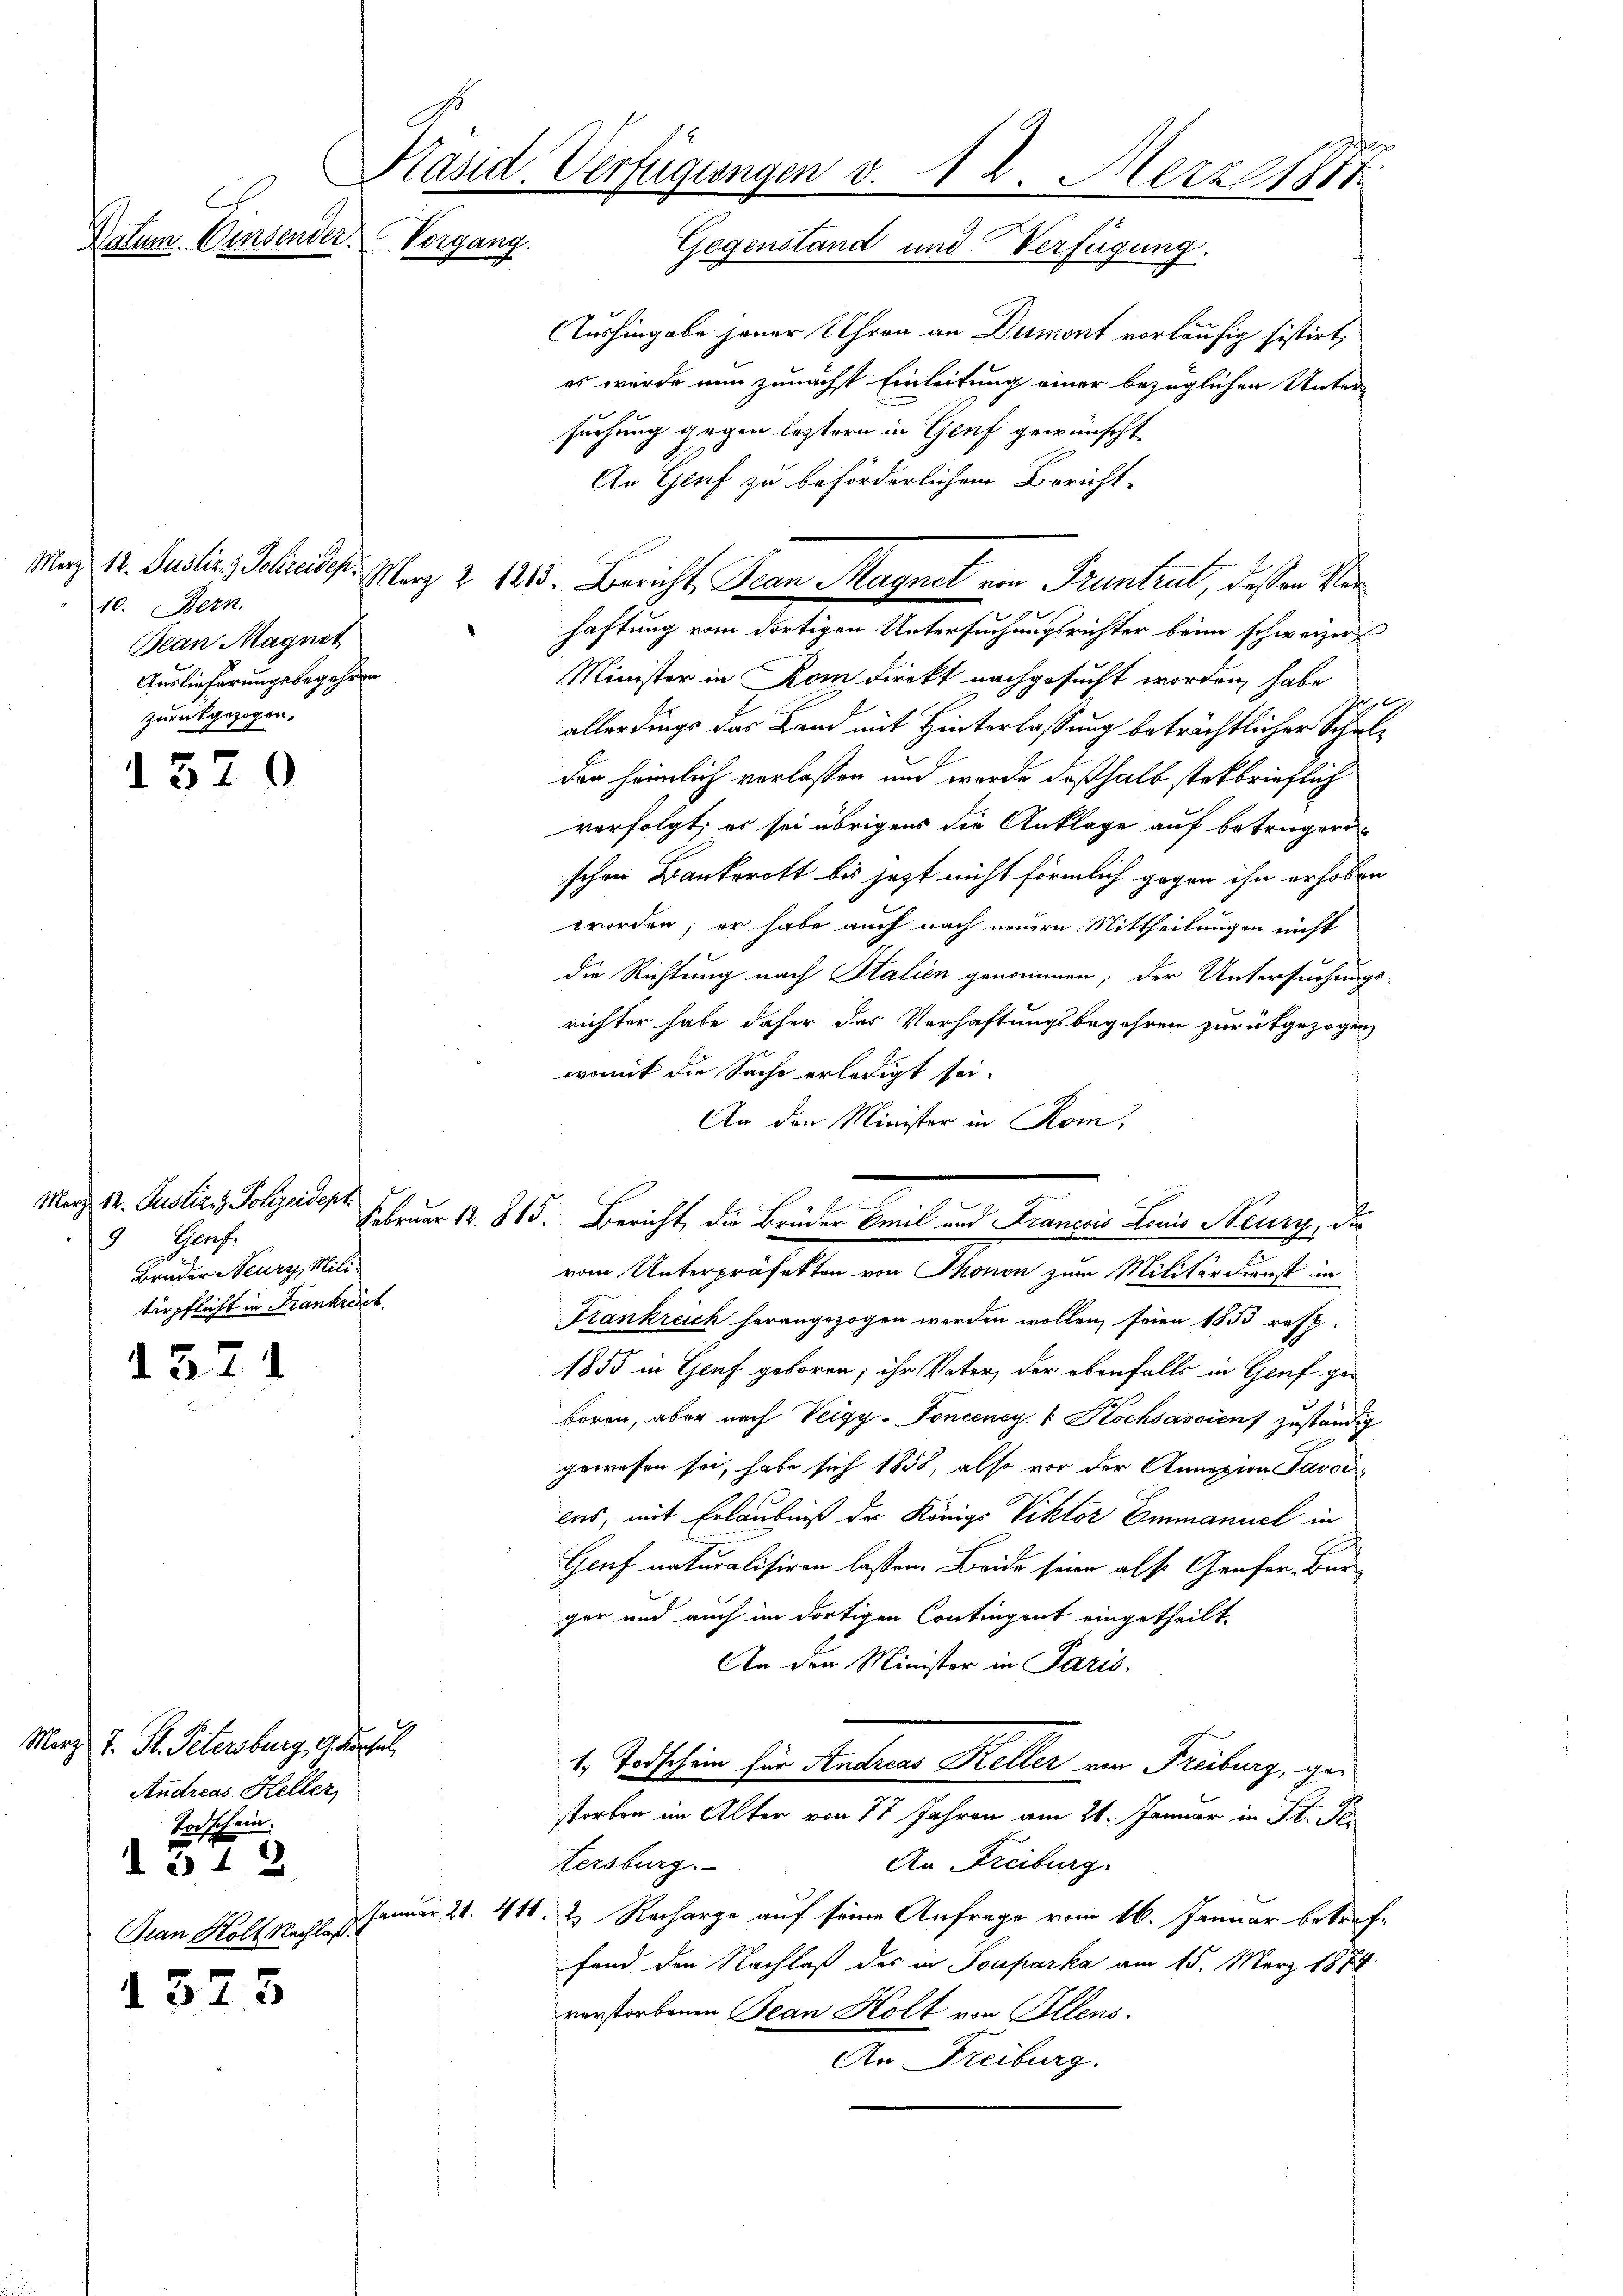
C

10. Bern.
Jean Magnet
Auslieferungsbegehren
zurückgezogen.

Präsid. Verfügungen v. 18. Merz 188
Datum Consender.
Vorgang. Gegenstand und Verfügŭng.

1529

März 12. Justiz & Polizeidept
9 Genf.
Bruder Neurz, Militärpflicht in Frankreich

1571

Merz J. P. Petersburg auchel,
Andreas Keller
Todschein.
d 312
Gian Holt Nachlaß.
1373

Aushingabe jener Uhren an Dumont vorläufig sistirt,
es wurde nun zunächst Einleitung einer bezüglichen Unter-
suchung gegen leztern in Genf gewünscht
An Genf zu beförderlichem Bericht.
haftung vom dortigen Untersuchungsrichter beim schweizer
Minister in Rom direkt nachgesucht worden, habe
allerdings der Land mit Hinterlassung beträchtlicher Schulden heimlich verlassen und werde deßhalb stetbrieflich
verfolgt, es sei übrigens die Anklage auf betrügerschen Bankerott bis jetzt nicht förmlich gegen ihn erhoben
worden; er habe auch nach neuern Mittheilungen nicht
die Richtung nach Stalien genommen; der Untersuchungsrichter habe daher das Verhaftungsbegehren zurückgezogen
womit die Sache erledigt sei.
An den Minister in Rom.
Februar 12. 815. Bericht, die Brüder beil und Francis Beine Neuge de
vom Unterpräfekten von Thonen zum Militärdienst in
Frankreich herangezogen werden wollen, seien 1853 resp.
1855 in Genf geboren; ihr Vater, der ebenfalls in Genf geboron, aber nach Veigy-Toncency. " Kochsavoient zuständig
gewesen sei, habe sich 1858, also vor der Annasion Savoi
cas, mit Erlaubniß der Königs Viktor Emmanuel in
Genf naturalisiren lassen. Beide seien also Grafer. Bürger und auch im dortigen Contingent eingetheilt.
An den Minister in Paris.
1. Todschein für Andreas Keller von Freiburg, ger
storben im Alter von 17 Jahren am 21. Januar in St. Pe
tersburg.
An Freiburg.
Januar 21. 411. 2. Recharge auf seine Anfrage vom 16. Januar betreffand den Nachlaß des in Souparka am 15. März 1874
verstorbenen Jean Holt von Illens.
An Freiburg.

Mag. 12. Justiz & Polizeides. Merz Z 1813. Bericht Pean Magnet von Pruntrut, dessen Ver¬